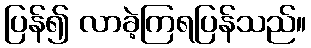
ပြန်၍ လာခဲ့ကြရပြန်သည်။